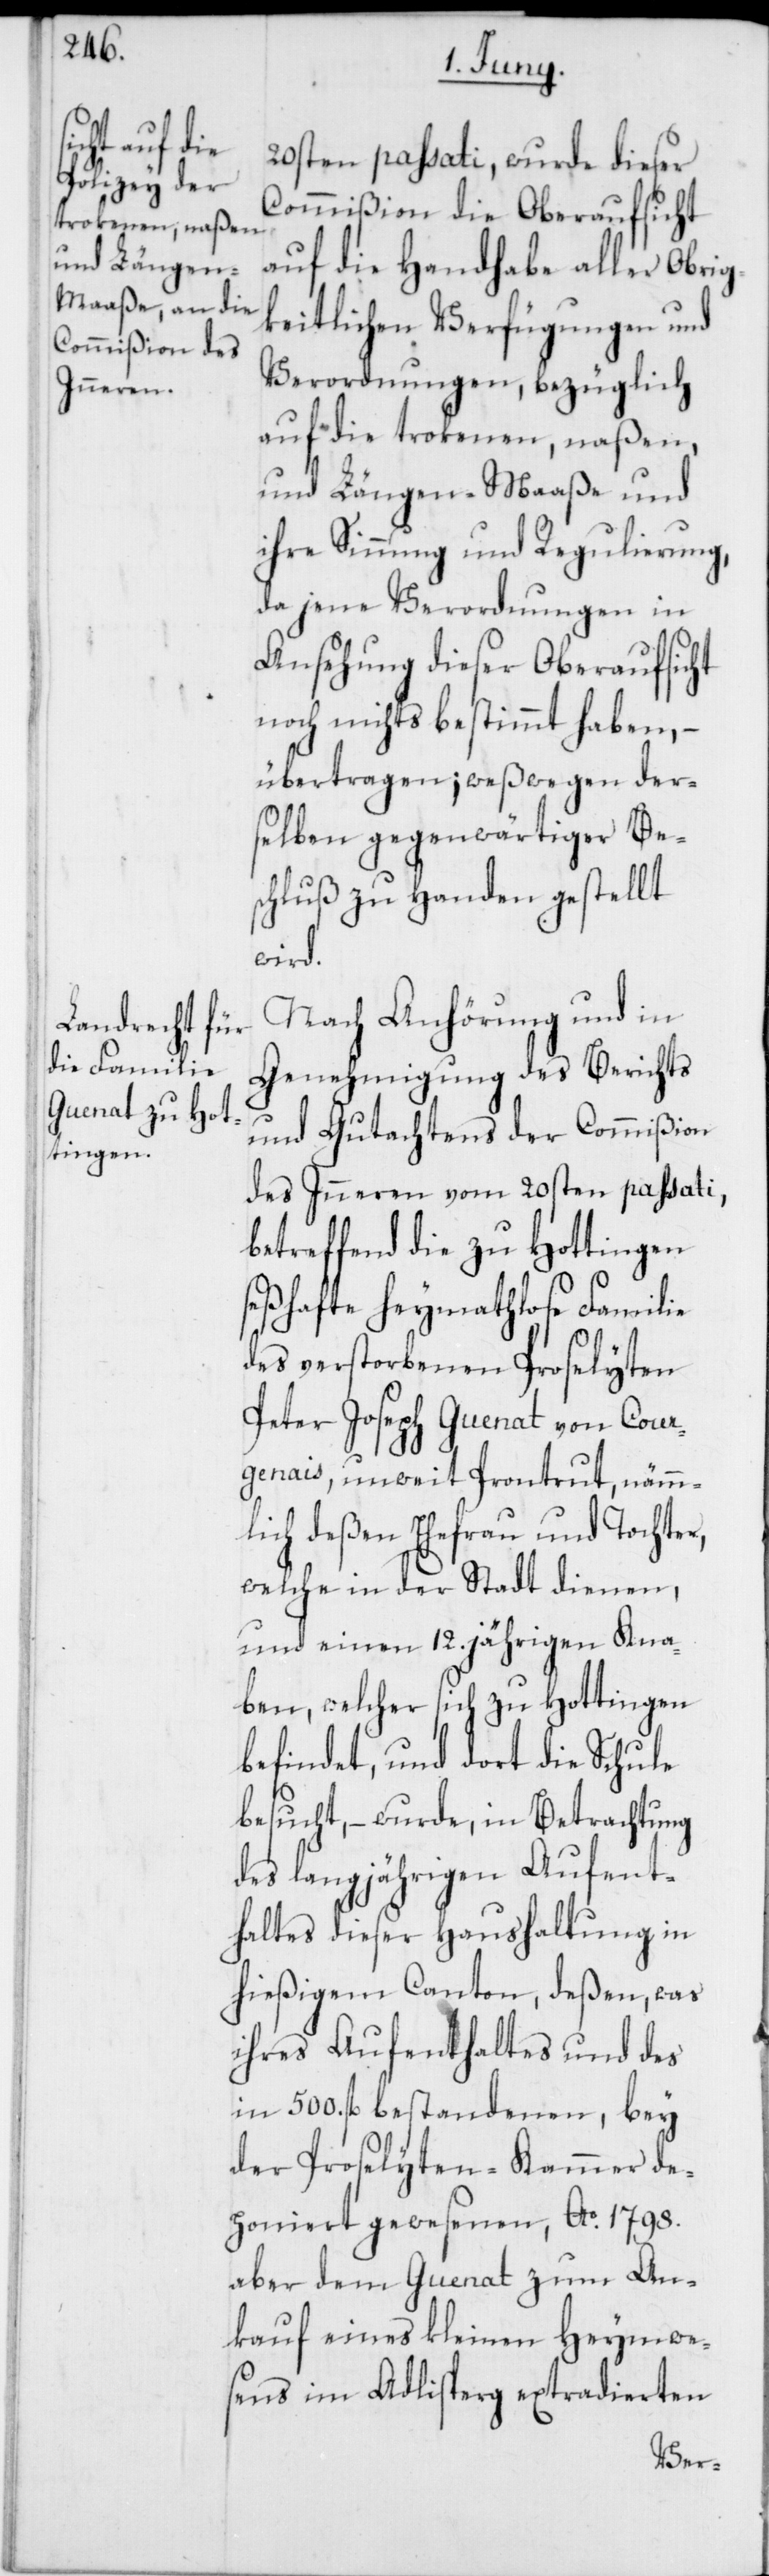
20sten passati, wurde dieser
Commißion die Oberaufsicht
auf die Handhabe aller Obrig¬
keitlichen Verfügungen und
Verordnungen, bezüglich
auf die trokenen, naßen
und Längen-Maaße und
ihre Sinnung und Regulierung,
da jene Verordnungen in
Ansehung dieser Oberaufsicht
noch nichts bestimmt haben, –
übertragen; weßwegen der¬
selben gegenwärtiger Be¬
schluß zu Handen gestellt
wird.
Nach Anhörung und in
Genehmigung des Berichts
und Gutachtens der Commißion
des Inneren vom 20sten passati,
betreffend die zu Hottingen
seßhafte heymathlose Familie
des verstorbenen Proselyten
Peter Joseph Guenat von Cour¬
genais, unweit Prontrut, nämm¬
lich deßen Ehefrau und Tochter,
welche in der Stadt dienen,
und einen 12. jährigen Kna¬
ben, welcher sich zu Hottingen
befindet, und dort die Schule
besucht, – wurde, in Betrachtung
des langjährigen Aufent¬
haltes dieser Haushaltung in
hießigem Canton, deßen, was
ihres Aufenthaltes und des
in 500. fl. bestandenen, bey
der Proselyten-Kammer de¬
poniert gewesenen, Ao. 1798.
aber dem Guenat zum An¬
kauf eines kleinen Heymwe¬
sens im Adlisperg extradierten